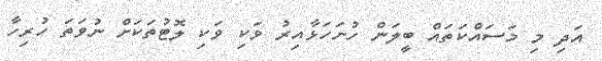
އަދި މި މަސައްކަތައް ބީލަން ހުށަހަޅާއިރު ވަކި ވަކި ލޮޓުތަކަށް ނުވަތަ ހުރިހާ